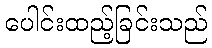
ပေါင်းထည့်ခြင်းသည်